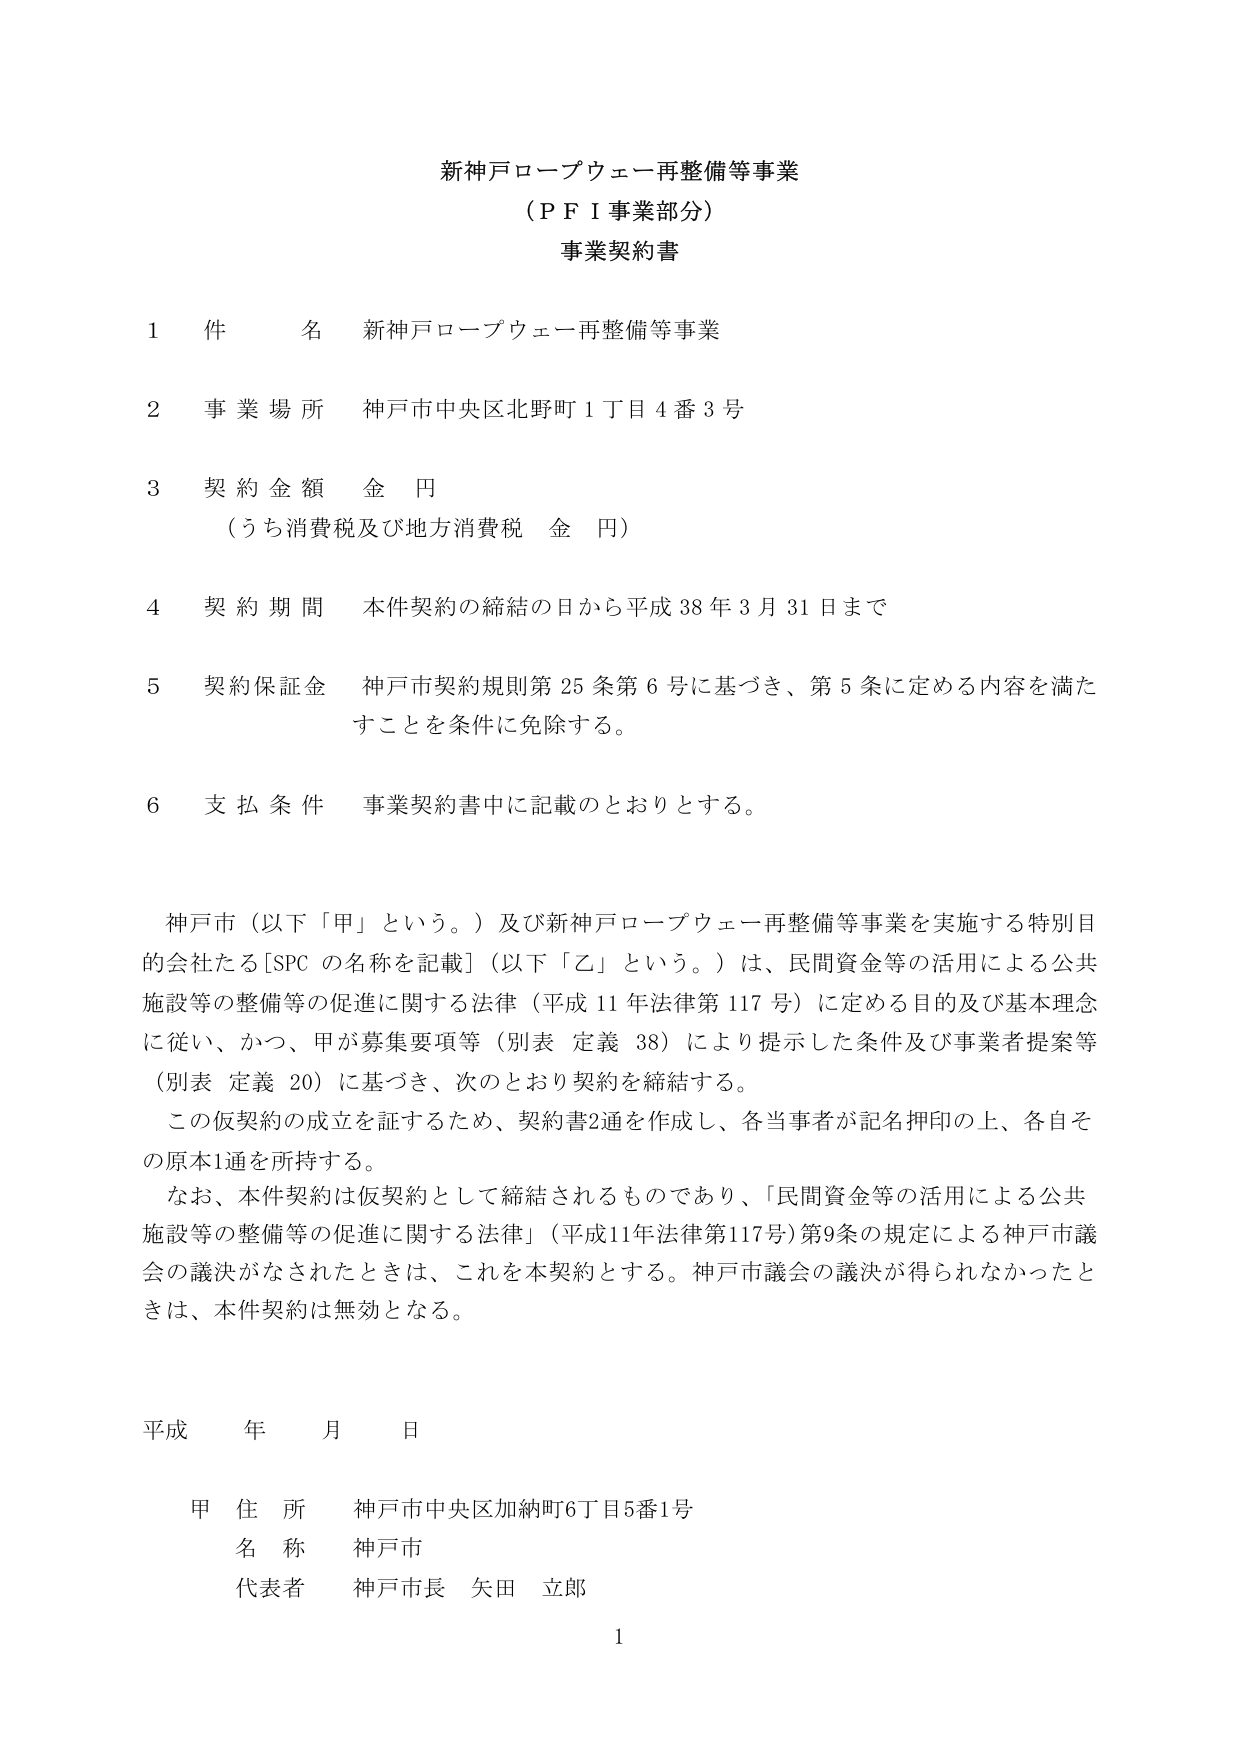
新神戸ロープウェー再整備等事業
（ＰＦＩ事業部分）
事業契約書

1 件 名 新神戸ロープウェー再整備等事業

2 事業場所 神戸市中央区北野町1丁目4番3号

3 契約金額 金 円
（うち消費税及び地方消費税 金 円）

4 契約期間 本件契約の締結の日から平成38年3月31日まで

5 契約保証金 神戸市契約規則第25条第6号に基づき、第5条に定める内容を満たすことを条件に免除する。

6 支払条件 事業契約書中に記載のとおりとする。

神戸市（以下「甲」という。）及び新神戸ロープウェー再整備等事業を実施する特別目的会社たる［SPCの名称を記載］（以下「乙」という。）は、民間資金等の活用による公共施設等の整備等の促進に関する法律（平成11年法律第117号）に定める目的及び基本理念に従い、かつ、甲が募集要項等（別表 定義38）により提示した条件及び事業者提案等（別表 定義20）に基づき、次のとおり契約を締結する。

この仮契約の成立を証するため、契約書2通を作成し、各当事者が記名押印の上、各自その原本1通を所持する。

なお、本件契約は仮契約として締結されるものであり、「民間資金等の活用による公共施設等の整備等の促進に関する法律」（平成11年法律第117号）第9条の規定による神戸市議会の議決がなされたときは、これを本契約とする。神戸市議会の議決が得られなかったときは、本件契約は無効となる。

平成 年 月 日

甲 住所 神戸市中央区加納町6丁目5番1号
　 名称 神戸市
　 代表者 神戸市長 矢田 立郎

1